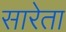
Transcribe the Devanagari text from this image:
सारेता